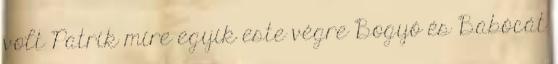
volt Patrik mire egyik este végre Bogyó és Babócát